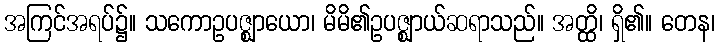
အကြင်အရပ်၌။ သကောဥပဇ္ဈာယော၊ မိမိ၏ဥပဇ္ဈာယ်ဆရာသည်။ အတ္ထိ၊ ရှိ၏။ တေန၊